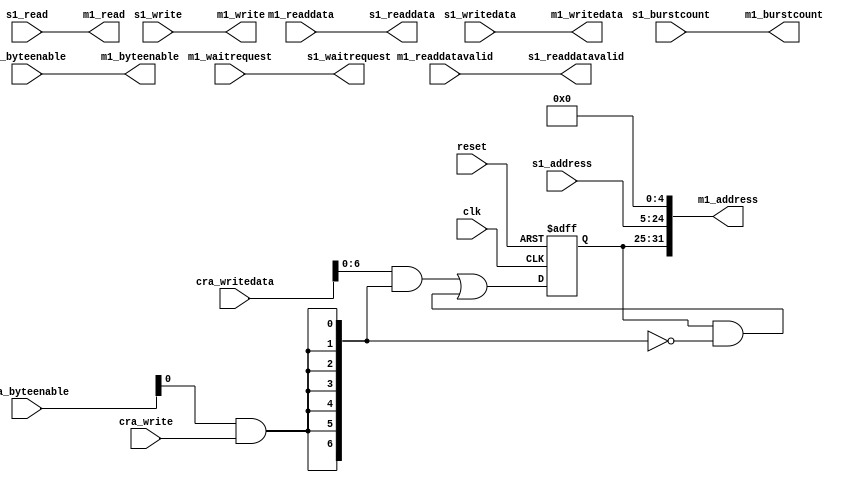
module mem_window (
   clk,
   reset,

   // Memory slave port
   s1_address,
   s1_read,
   s1_readdata,
   s1_readdatavalid,
   s1_write,
   s1_writedata,
   s1_burstcount,
   s1_byteenable,
   s1_waitrequest,

   // Configuration register slave port
   cra_write,
   cra_writedata,
   cra_byteenable,

   // Bridged master port to memory
   m1_address,
   m1_read,
   m1_readdata,
   m1_readdatavalid,
   m1_write,
   m1_writedata,
   m1_burstcount,
   m1_byteenable,
   m1_waitrequest
);

parameter PAGE_ADDRESS_WIDTH = 20;
parameter MEM_ADDRESS_WIDTH = 32;
parameter NUM_BYTES = 32;
parameter BURSTCOUNT_WIDTH = 1;
parameter CRA_BITWIDTH = 32;
localparam ADDRESS_SHIFT = $clog2(NUM_BYTES);
localparam PAGE_ID_WIDTH = MEM_ADDRESS_WIDTH - PAGE_ADDRESS_WIDTH - ADDRESS_SHIFT;
localparam DATA_WIDTH = NUM_BYTES * 8;

input clk;
input reset;

// Memory slave port
input [PAGE_ADDRESS_WIDTH-1:0] s1_address;
input s1_read;
output [DATA_WIDTH-1:0] s1_readdata;
output s1_readdatavalid;
input s1_write;
input [DATA_WIDTH-1:0] s1_writedata;
input [BURSTCOUNT_WIDTH-1:0] s1_burstcount;
input [NUM_BYTES-1:0] s1_byteenable;
output s1_waitrequest;

// Bridged master port to memory
output [MEM_ADDRESS_WIDTH-1:0] m1_address;
output m1_read;
input [DATA_WIDTH-1:0] m1_readdata;
input m1_readdatavalid;
output m1_write;
output [DATA_WIDTH-1:0] m1_writedata;
output [BURSTCOUNT_WIDTH-1:0] m1_burstcount;
output [NUM_BYTES-1:0] m1_byteenable;
input m1_waitrequest;

// CRA slave
input cra_write;
input [CRA_BITWIDTH-1:0] cra_writedata;
input [CRA_BITWIDTH/8-1:0] cra_byteenable;

// Architecture

// CRA slave allows the master to change the active page
reg [PAGE_ID_WIDTH-1:0] page_id;
reg [CRA_BITWIDTH-1:0] cra_writemask;
integer i;
always@*
  for (i=0; i<CRA_BITWIDTH; i=i+1)
    cra_writemask[i] = cra_byteenable[i/8] & cra_write;

always@(posedge clk or posedge reset)
begin
   if(reset == 1'b1)
      page_id <= {PAGE_ID_WIDTH{1'b0}};
   else
      page_id <= (cra_writedata & cra_writemask) | (page_id & ~cra_writemask);
end

// The s1 port bridges to the m1 port - with the page ID tacked on to the address
assign m1_address = {page_id, s1_address, {ADDRESS_SHIFT{1'b0}}};
assign m1_read = s1_read;
assign s1_readdata = m1_readdata;
assign s1_readdatavalid = m1_readdatavalid;
assign m1_write = s1_write;
assign m1_writedata = s1_writedata;
assign m1_burstcount = s1_burstcount;
assign m1_byteenable = s1_byteenable;
assign s1_waitrequest = m1_waitrequest;

endmodule